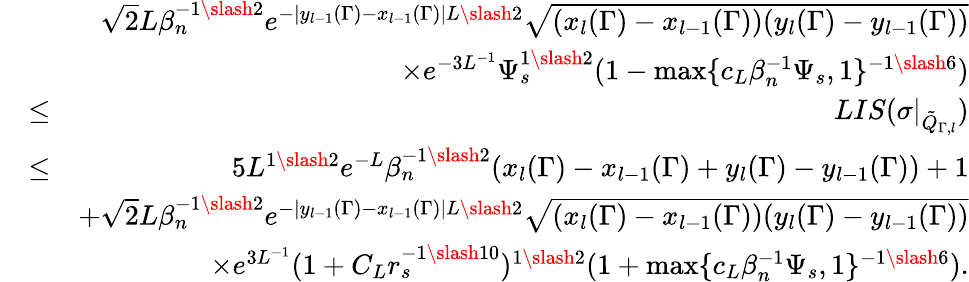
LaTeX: \begin{array}{rlr}&{}&{\sqrt{2}L\beta_{n}^{-1\slash 2}e^{-|y_{l-1}(\Gamma)-x_{l-1}(\Gamma)|L\slash 2}\sqrt{(x_{l}(\Gamma)-x_{l-1}(\Gamma))(y_{l}(\Gamma)-y_{l-1}(\Gamma))}}\\ &{}&{\times e^{-3L^{-1}}\Psi_{s}^{1\slash 2}(1-\operatorname*{max}\{ c_{L}\beta_{n}^{-1}\Psi_{s},1\} ^{-1\slash 6})}\\ &{\leq}&{LIS(\sigma|_{\tilde{Q}_{\Gamma,l}})}\\ &{\leq}&{5L^{1\slash 2}e^{-L}\beta_{n}^{-1\slash 2}(x_{l}(\Gamma)-x_{l-1}(\Gamma)+y_{l}(\Gamma)-y_{l-1}(\Gamma))+1}\\ &{}&{+\sqrt{2}L\beta_{n}^{-1\slash 2}e^{-|y_{l-1}(\Gamma)-x_{l-1}(\Gamma)|L\slash 2}\sqrt{(x_{l}(\Gamma)-x_{l-1}(\Gamma))(y_{l}(\Gamma)-y_{l-1}(\Gamma))}}\\ &{}&{\quad\times e^{3L^{-1}}(1+C_{L}r_{s}^{-1\slash 10})^{1\slash 2}(1+\operatorname*{max}\{ c_{L}\beta_{n}^{-1}\Psi_{s},1\} ^{-1\slash 6}).}\end{array}